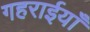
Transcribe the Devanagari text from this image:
गहराईयाँ